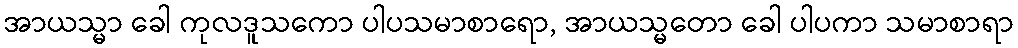
အာယသ္မာ ခေါ ကုလဒူသကော ပါပသမာစာရော, အာယသ္မတော ခေါ ပါပကာ သမာစာရာ